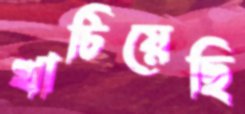
খাটিয়েছি